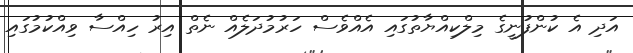
އަދި އެ ކުންފުނީގެ މިލްކިއްޔާތުގައި އެއްވެސް ހަރުމުދަލެއް ނެތް އިރު ހިއްސާ ވިއްކުމުގައި